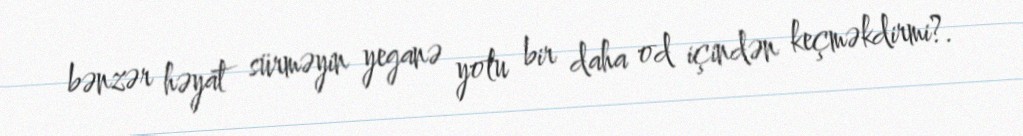
bənzər həyat sürməyin yeganə yolu bir daha od içindən keçməkdirmi?.